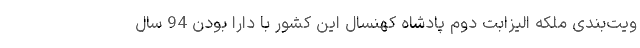
ویت‌بندی ملکه الیزابت دوم پادشاه کهنسال این کشور با دارا بودن 94 سال